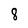
Character: 8